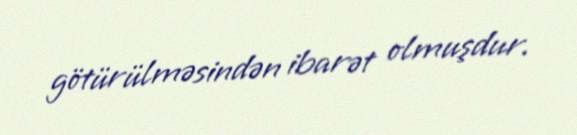
götürülməsindən ibarət olmuşdur.